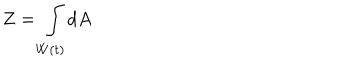
Z = \int _ { W \left( t \right) } d A